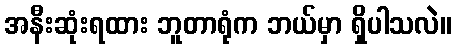
အနီးဆုံးရထား ဘူတာရုံက ဘယ်မှာ ရှိပါသလဲ။